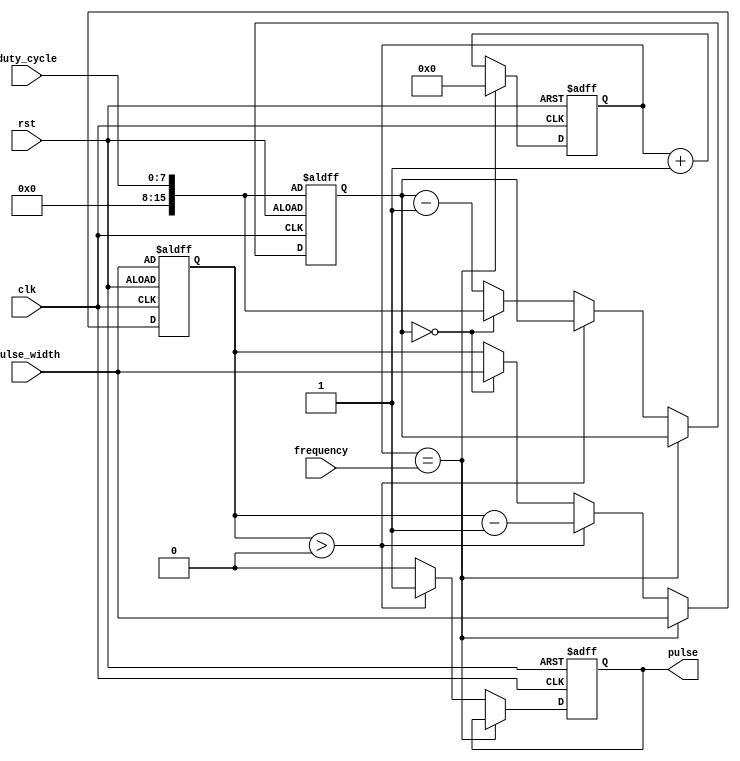
module pulse_generator (
  input wire clk,
  input wire rst,
  input wire [7:0] pulse_width,
  input wire [7:0] duty_cycle,
  input wire [15:0] frequency,
  output reg pulse
);

reg [15:0] counter;
reg [7:0] pulse_countdown;
reg [15:0] duty_countdown;

always @(posedge clk or posedge rst) begin
  if (rst) begin
    counter <= 0;
    pulse_countdown <= pulse_width;
    duty_countdown <= duty_cycle;
    pulse <= 0;
  end else begin
    if (counter == frequency) begin
      counter <= 0;
      pulse_countdown <= pulse_width;
    end else begin
      counter <= counter + 1;

      if (pulse_countdown > 0) begin
        pulse <= 1;
        pulse_countdown <= pulse_countdown - 1;
      end else begin
        pulse <= 0;
        duty_countdown <= duty_countdown - 1;

        if (duty_countdown == 0) begin
          duty_countdown <= duty_cycle;
          pulse_countdown <= pulse_width;
        end
      end
    end
  end
end

endmodule